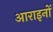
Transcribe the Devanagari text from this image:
आराइनों